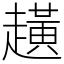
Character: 趪